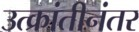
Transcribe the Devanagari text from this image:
उत्क्रांतीनंतर